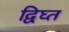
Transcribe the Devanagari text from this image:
द्विघ्त